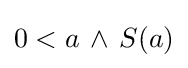
0<a\,\wedge \,S(a)